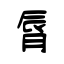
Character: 脣